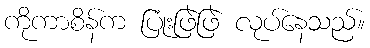
ကိုကာစိန်က ပြုံးဖြဲဖြဲ လုပ်နေသည်။